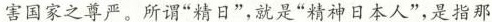
害国家之尊严。所谓”精日”，就是”精神日本人”，是指那